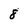
Character: 8